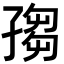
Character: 𡦅